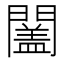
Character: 𨶩